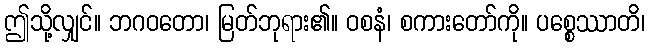
ဤသို့လျှင်။ ဘဂဝတော၊ မြတ်ဘုရား၏။ ဝစနံ၊ စကားတော်ကို။ ပစ္စေဿာတိ၊